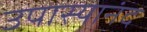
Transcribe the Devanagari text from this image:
उपास्यानंद